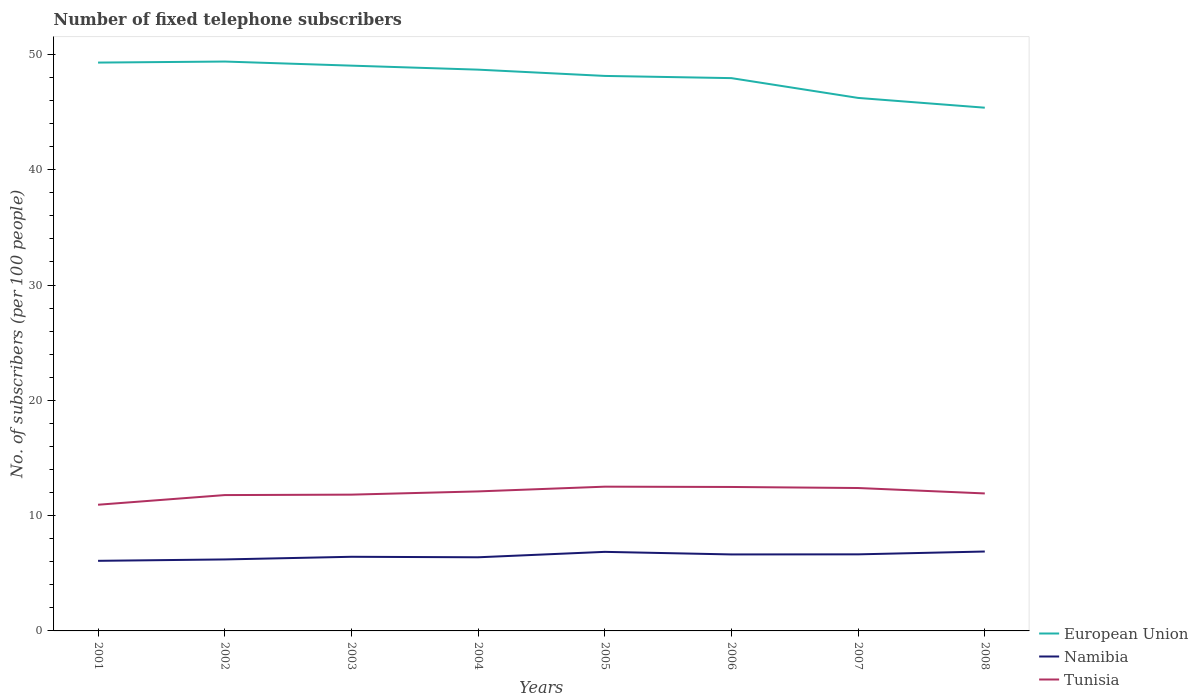
| Years | European Union | Namibia | Tunisia |
 | --- | --- | --- | --- |
 | 2001 | 49.3 | 6.08 | 10.9 |
 | 2002 | 49.4 | 6.2 | 11.8 |
 | 2003 | 49 | 6.43 | 11.8 |
 | 2004 | 48.7 | 6.39 | 12.1 |
 | 2005 | 48.1 | 6.86 | 12.5 |
 | 2006 | 47.9 | 6.63 | 12.5 |
 | 2007 | 46.2 | 6.64 | 12.4 |
 | 2008 | 45.4 | 6.89 | 11.9 |